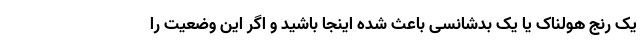
یک رنج هولناک یا یک بدشانسی باعث شده اینجا باشید و اگر این وضعیت را